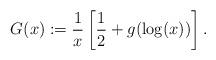
LaTeX: \begin{align*}G(x) := \frac 1x \left[\frac 12 + g(\log(x))\right].\end{align*}